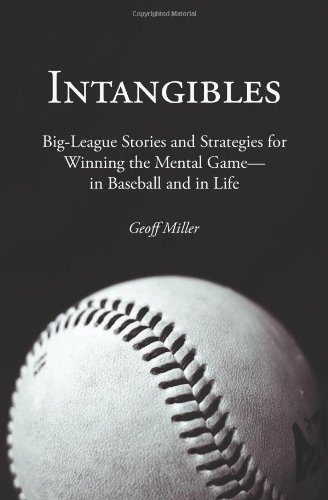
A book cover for Intangibles: Big-League Stories and Strategies for Winning the Mental Game-In Baseball and in Life; Geoff Miller; Sports & Outdoors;